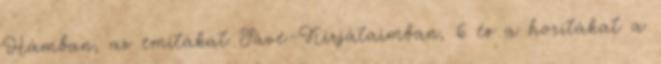
Hámban, az emitákat Sáve-Kirjátaimban, 6 és a horitákat a